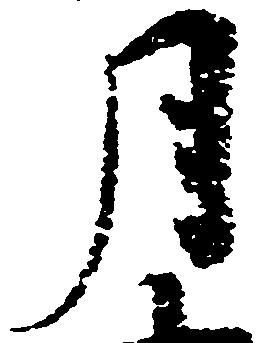
月